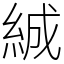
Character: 絾